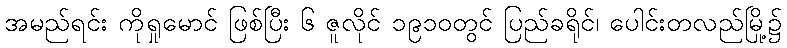
အမည်ရင်း ကိုရှုမောင် ဖြစ်ပြီး ၆ ဇူလိုင် ၁၉၁၀တွင် ပြည်ခရိုင်၊ ပေါင်းတလည်မြို့၌